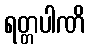
ရတ္တပါဏိ